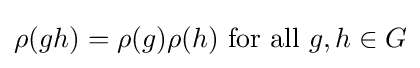
\rho (gh)=\rho (g)\rho (h){\text{ for all }}g,h\in G